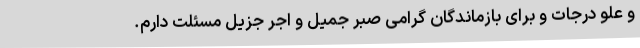
و علو درجات و برای بازماندگان گرامی صبر جمیل و اجر جزیل مسئلت دارم.